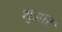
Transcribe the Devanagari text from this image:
शुआर